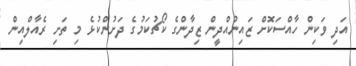
އަދި ވަކިން ހާއްސަކޮށް ޒައިނުއްދީން ޒިދާންގެ ކޯޗުކަމުގެ ދަށުންކުޅެ މި ތަށި ރެއާލްއިން